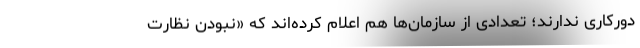
دورکاری ندارند؛ تعدادی از سازمان‌ها هم اعلام کرده‌اند که «نبودن نظارت